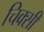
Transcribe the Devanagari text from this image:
चिक्सी